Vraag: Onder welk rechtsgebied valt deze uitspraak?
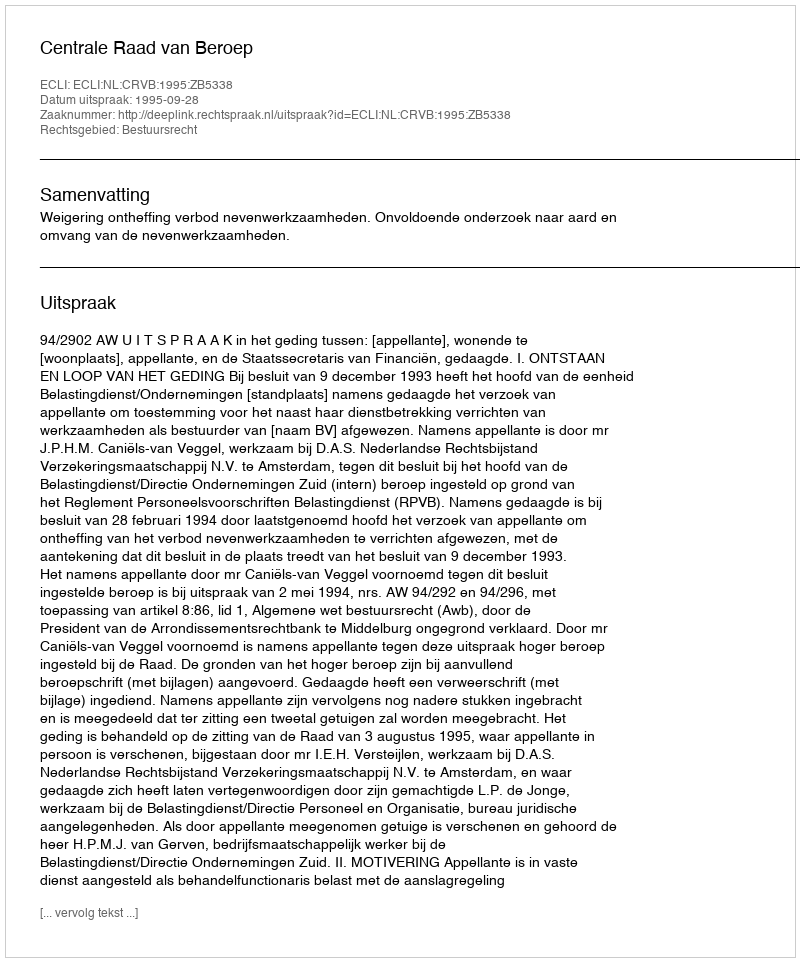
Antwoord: Bestuursrecht